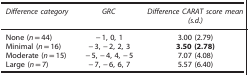
<table><thead><tr><td><b><i>Difference category</i></b></td><td><b><i>GRC</i></b></td><td><b><i>Difference CARAT score mean (s.d.)</i></b></td></tr></thead><tbody><tr><td>None (<i>n</i>=44)</td><td>−1, 0, 1</td><td>3.00 (2.79)</td></tr><tr><td>Minimal (<i>n</i>=16)</td><td>−3, −2, 2, 3</td><td><b>3.50 (2.78)</b></td></tr><tr><td>Moderate (<i>n</i>=15)</td><td>−5, −4, 4, −5</td><td>7.07 (4.08)</td></tr><tr><td>Large (<i>n</i>=7)</td><td>−7, −6, 6, 7</td><td>5.57 (6.40)</td></tr></tbody></table>